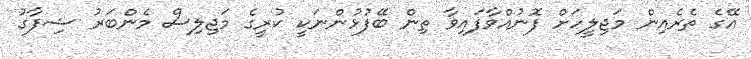
އޭގެ ތެރެއިން މަޖިލީހަށް ފޮނުއްވާފައިވާ ތިން ބޭފުޅުންނަކީ ކުރީގެ މަޖިލިސް މެންބަރު ޝިފާގު